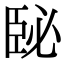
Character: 𦣥